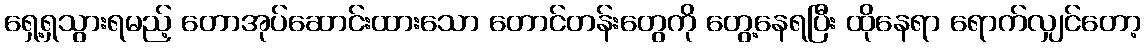
ရှေ့ရှသွားရမည့် တောအုပ်ဆောင်းထားသော တောင်တန်းတွေကို တွေ့နေရပြီး ထိုနေရာ ရောက်လျှင်တော့